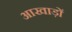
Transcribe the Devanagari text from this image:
आखाड़ों